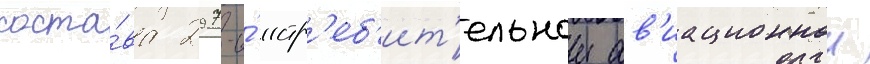
соста́ва 297-и́ истр'еб'ит'ельнои ав'иационнои